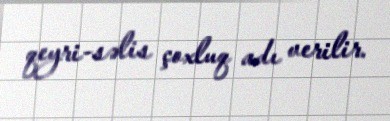
qeyri-səlis çoxluq adı verilir.